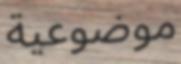
موضوعية